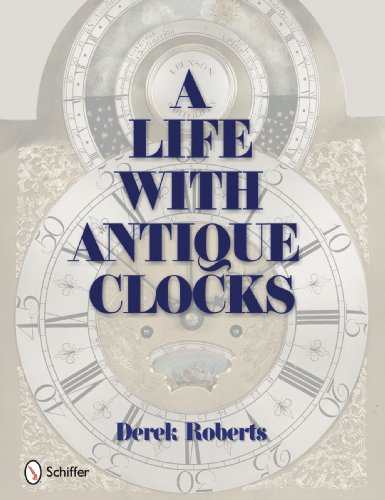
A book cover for A Life With Antique Clocks; Derek Roberts; Crafts, Hobbies & Home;